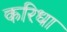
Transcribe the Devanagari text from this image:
करिधा